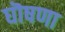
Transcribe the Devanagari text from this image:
घॊषणा